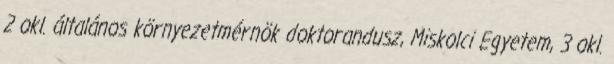
2 okl. általános környezetmérnök doktorandusz, Miskolci Egyetem, 3 okl.